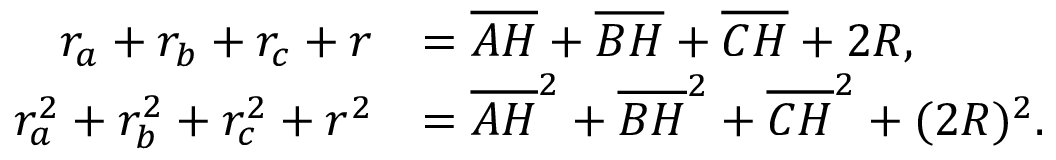
{ \begin{array} { r l } { r _ { a } + r _ { b } + r _ { c } + r } & { = { \overline { { A H } } } + { \overline { { B H } } } + { \overline { { C H } } } + 2 R , } \\ { r _ { a } ^ { 2 } + r _ { b } ^ { 2 } + r _ { c } ^ { 2 } + r ^ { 2 } } & { = { \overline { { A H } } } ^ { 2 } + { \overline { { B H } } } ^ { 2 } + { \overline { { C H } } } ^ { 2 } + ( 2 R ) ^ { 2 } . } \end{array} }